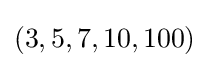
(3,5,7,10,100)